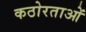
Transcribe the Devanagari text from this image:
कठोरताओं